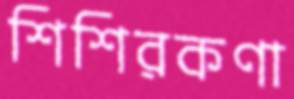
শিশিরকণা